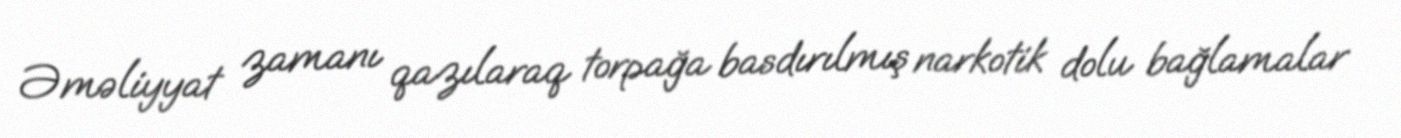
Əməliyyat zamanı qazılaraq torpağa basdırılmış narkotik dolu bağlamalar